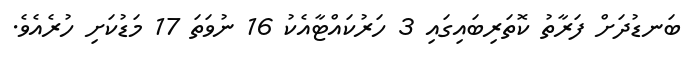
ބަނޑުދަށް ފަރާތު ކޮތަރިބައިގައި 3 ހަރުކައްޓާއެކު 16 ނުވަތަ 17 މަޑުކަށި ހުރެއެވެ.